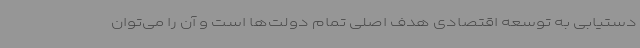
دستیابی به توسعه اقتصادی هدف اصلی تمام دولت‌ها است و آن را می‌توان